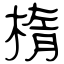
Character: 楕